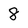
Character: 8